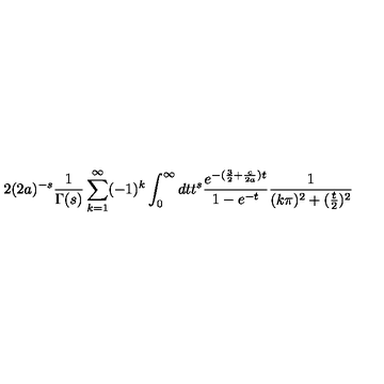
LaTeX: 2 ( 2 a ) ^ { - s } \frac { 1 } { \Gamma ( s ) } \sum _ { k = 1 } ^ { \infty } ( - 1 ) ^ { k } \int _ { 0 } ^ { \infty } d t t ^ { s } \frac { e ^ { - ( \frac 3 2 + \frac { c } { 2 a } ) t } } { 1 - e ^ { - t } } \frac { 1 } { ( k \pi ) ^ { 2 } + ( \frac t 2 ) ^ { 2 } }